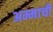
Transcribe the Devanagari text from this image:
अम्माची